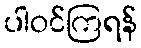
ပါဝင်ကြရန်